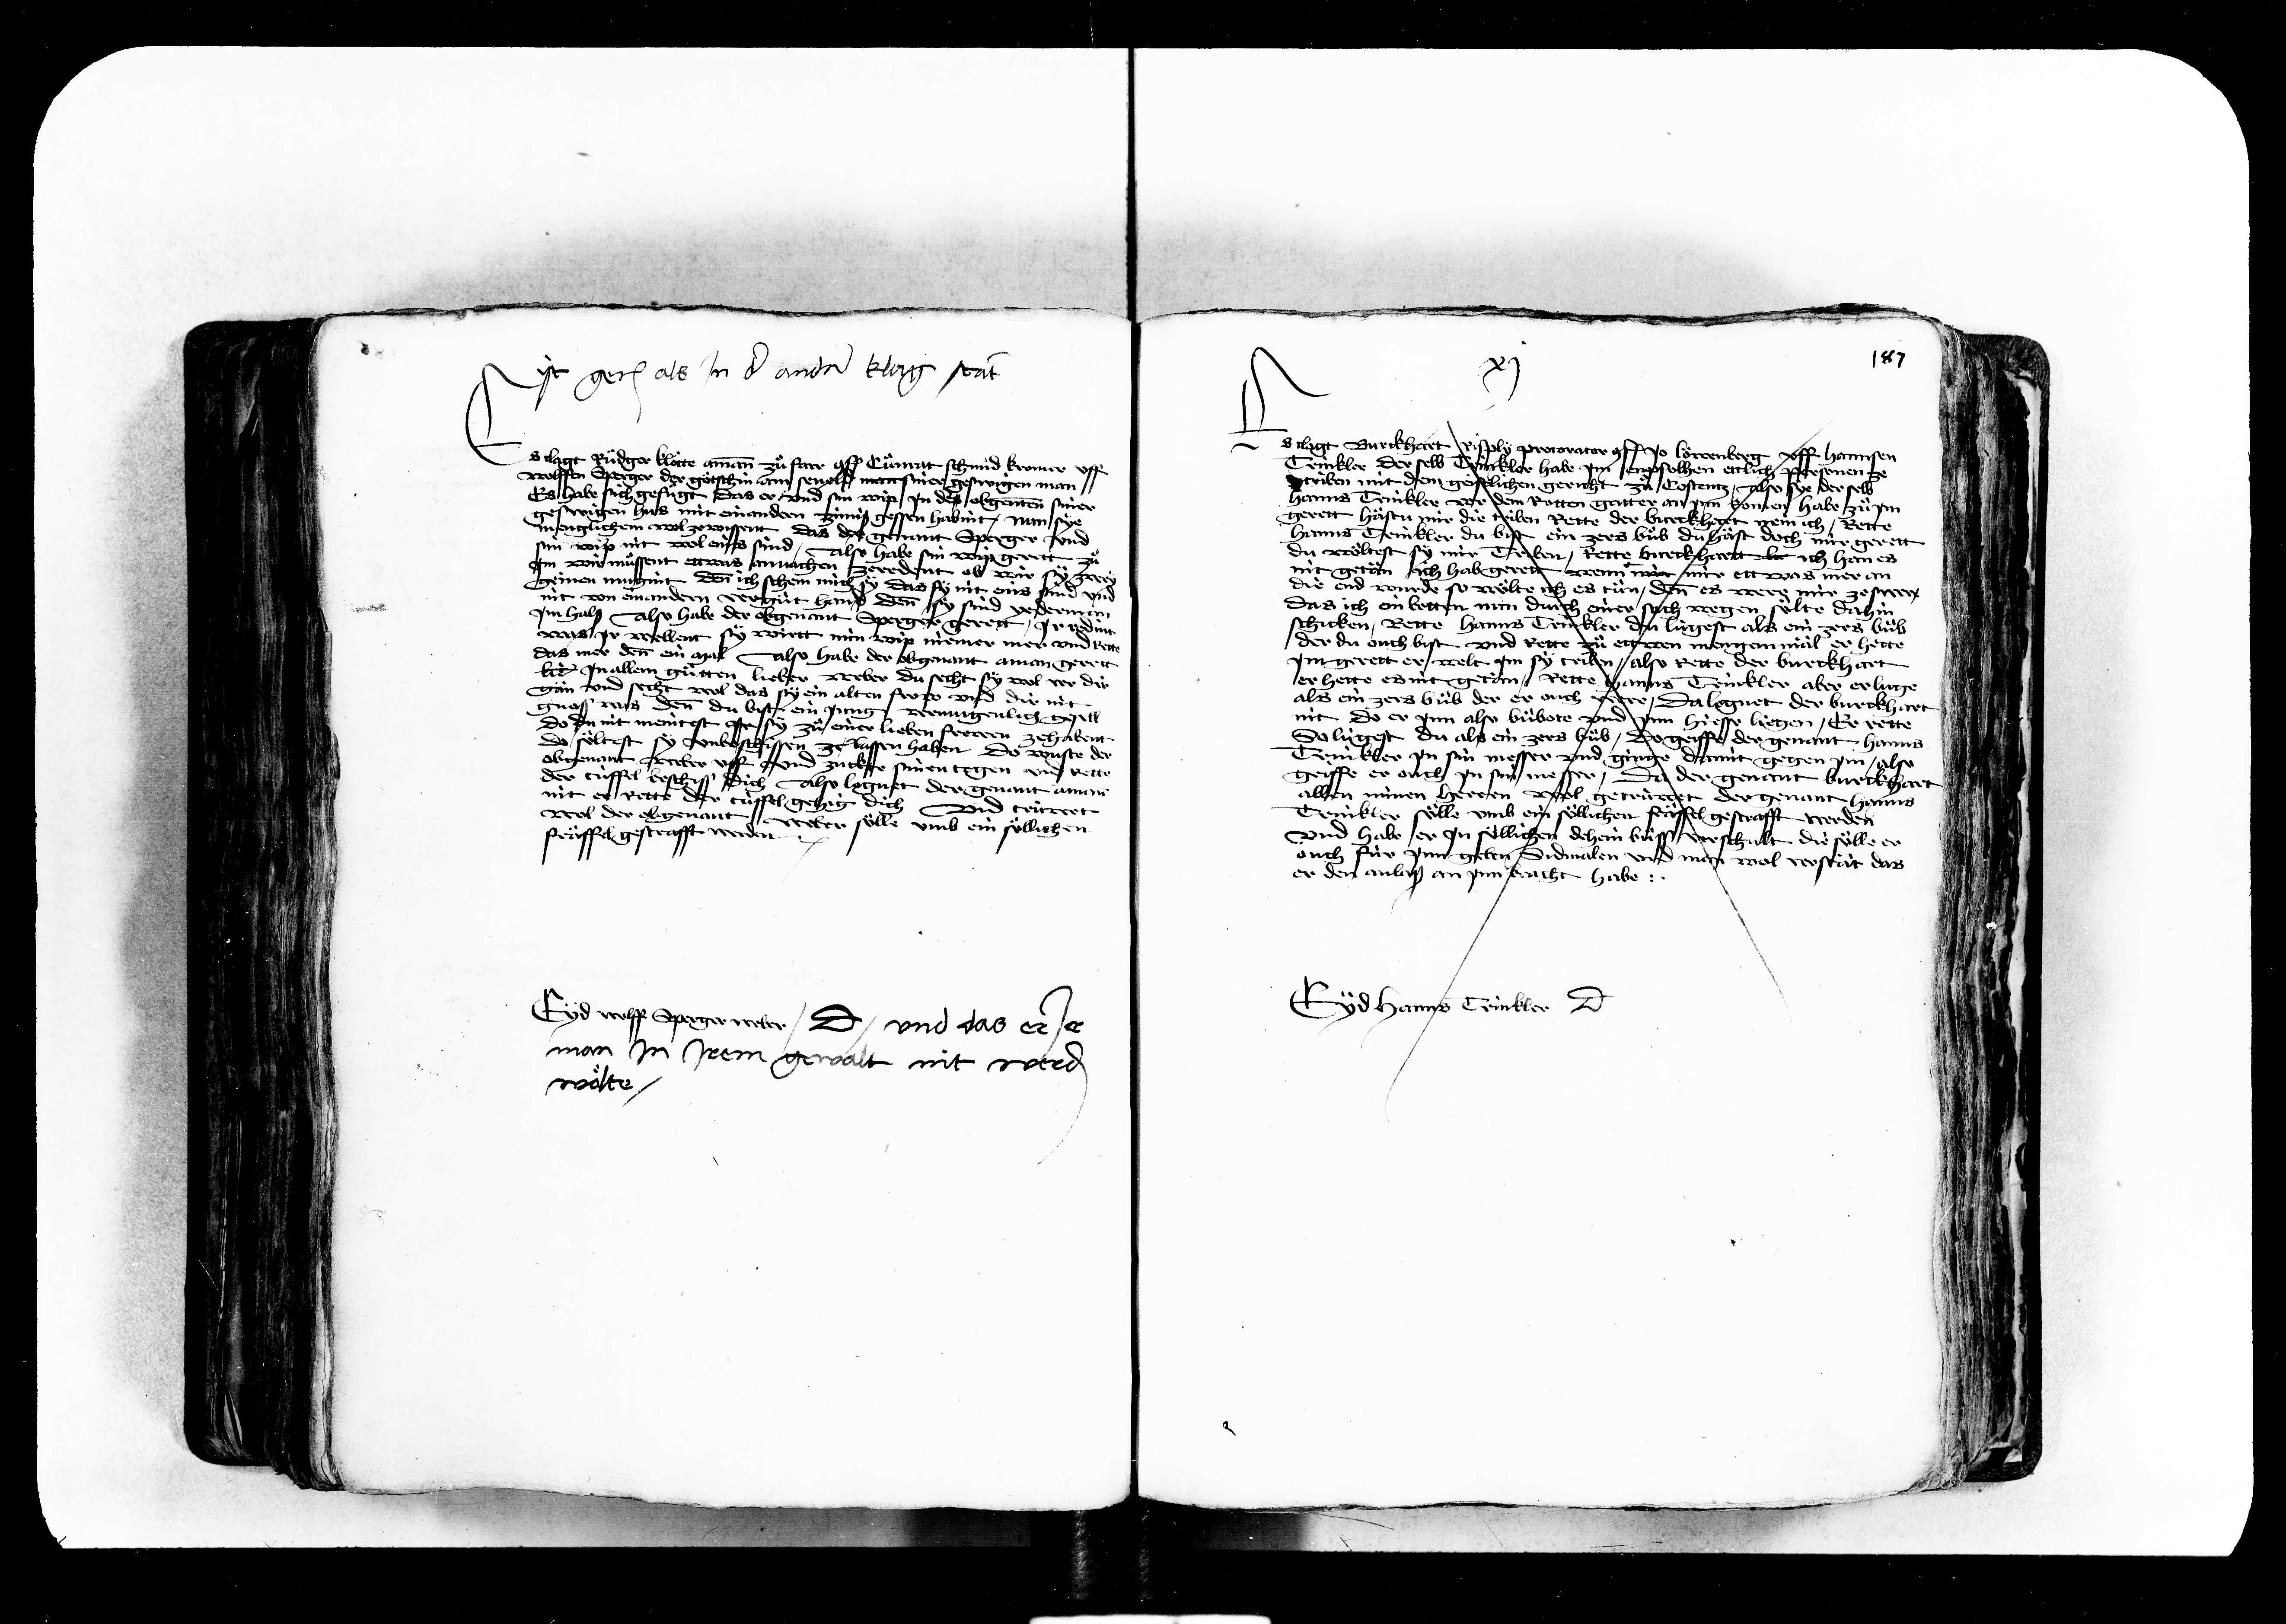
Transcription:
gerichtet als jn der andern klag statt
Es clagt Rüdger kloette aman zuo fare conf. Cuenrat schmid kromer uff
wolffen Sperger der goetschin am seeveld man siner geswigen man
Es habe sich gefuegt das er und sin wip jn des obgenanten siner
swigen hus mit einandern zins gessen habint nun sye
englichen wol zewissent das der genant Sperger und
sin wip nit wol eins sind
Also hab sin wip get
jn wir muessent ettwas anvachen zeredent ob wir
wol der obgenan
fraeffel gestrafft werden
gerinen mugint denn ich schen mich sy das sy nit eins und und
nit von einandern verguet hand den
sy sind vederman
jm hals Also habe der obgenant Sperger gerett jr redin
was jr wellent sy wirtt min wip niemer mer und rett
das mer denn ein mal Also habe der obgenant aman gerett
hat jn allem guetten lieber weber du secht sy wol vor dir
gän und secht wol das sy ein alten frow und dir nit
gnos was denn du bist ein jung vergenlich gesell
do du nit meinest jr sy zue einer lieben frowen zehabent
do soeltest sy unbeschissen ze lassen haben Do wuste der
obgenant weber uff und zuckte sinen tegen und rette
der tüffel erschiss dich Also lognet der genant aman
nit er Rette der tüffel gehig dich
und trüwet
er soelle umb ein soellichen

clagt Burckhart Risply procurator conf. jo Lowenberg uff Hannsen
Trinkler der selb Trinkler habe jm enpfolhen ettlich personen ze
striben mit dem gettlichen gericht zue Costentz Also sye der selb
Hanns Trinkler vor den rotten gatter an jn komen habe zuo jm
gerett hästu mir die triben Rette der Burckhart nein ich Rette
hanns trinkler du bist ein zers bueb du häst doch mir gerett
du woltest sy mir Triben Rette Burckhartt la ich han es
nit getan ich habe gerett wenn mir mir ettwas mer an
die end wurde so woelte ich es tuen denn es were mir zeswer
das ich ein betten nun durch einer sich wegen soelte dahin
schicken Rette Hanns Trinkler du lügest als ein zers bub
der du ouch bist und rette zue ettwen mengen mäl er hette
jm gerett er welt jm sy triben also rette der Burckhart
er hette es nit getän Rette hanns Trinkler aber er luge
als ein zers bueb der er ouch were da lognet der Burckhart
nit do er jnn also buebotte und jnn hiesse liegen er rette
So lügest du als ein zers bueb do griffe der genant hanns
Trinkler jn sin messer und ginge damit gegen jm also
griffe er ouch jn sin messer
du der genant Burckhar
allen minen herren wol getrüwet der genant hanns
Trinkler soelle umb ein soellichen frael gestrafft werden
und habe er jn soellichen dehein buess verschult die soelle er
ouch für jnn geben sidmalen und man wol verstät das
er den anlaß an jnn bracht habe

187

Eyd wolff sperger wiler dicit und das er e
man jn jrem gewalt nit werden
wolte

yd hanns Trinkler dicit